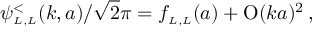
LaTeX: \psi _ { \scriptscriptstyle { L , L } } ^ { < } ( k , a ) / \sqrt 2 \pi = f _ { \scriptscriptstyle { L , L } } ( a ) + \mathrm { O } ( k a ) ^ { 2 } \, ,